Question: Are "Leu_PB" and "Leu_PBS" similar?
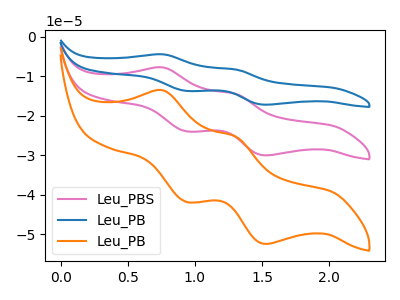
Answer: <think>The pink curve "Leu_PBS" has anodic peaks at (0.75V, -7.75uA) (1.30V, -14.40uA) and cathodic peaks at (0.95V, -23.90uA) (1.55V, -30.00uA). The blue curve "Leu_PB" has anodic peaks at (0.75V, -15.50uA) (1.30V, -28.85uA) and cathodic peaks at (0.95V, -47.80uA) (1.55V, -60.00uA). The orange curve "Leu_PB" has anodic peaks at (0.75V, -13.55uA) (1.30V, -25.20uA) and cathodic peaks at (0.95V, -41.75uA) (1.55V, -52.40uA).
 All the peaks in "Leu_PB" have a peak in "Leu_PBS" at the same potential.</think>
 <answer>"Leu_PB" and "Leu_PBS" are similar in shape.</answer>
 <eval>same_shape</eval>